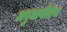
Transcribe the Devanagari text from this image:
अबुधाबीतच